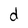
Character: d